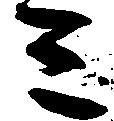
ミ